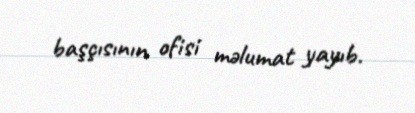
başçısının ofisi məlumat yayıb.